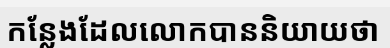
កន្លែងដែលលោកបាននិយាយថា